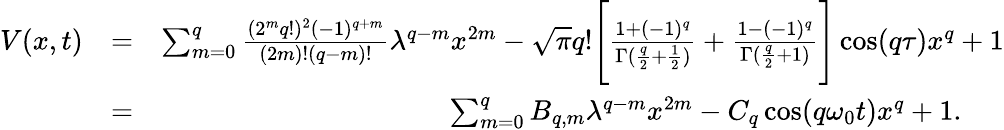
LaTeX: \begin{array}{rlr}{V(x,t)}&{=}&{\sum_{m=0}^{q}\frac{(2^{m}q!)^{2}(-1)^{q+m}}{(2m)!(q-m)!}\lambda^{q-m}x^{2m}-\sqrt{\pi}q!\Bigg[\frac{1+(-1)^{q}}{\Gamma(\frac{q}{2}+\frac{1}{2})}+\frac{1-(-1)^{q}}{\Gamma(\frac{q}{2}+1)}\Bigg]\cos(q\tau)x^{q}+1}\\ &{=}&{\sum_{m=0}^{q}B_{q,m}\lambda^{q-m}x^{2m}-C_{q}\cos(q\omega_{0}t)x^{q}+1.\ \ \ \ \ \ }\end{array}